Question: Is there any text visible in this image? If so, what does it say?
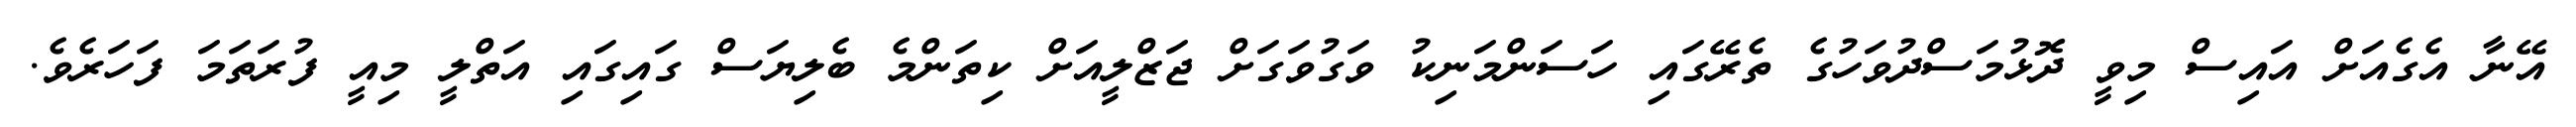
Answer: އޭނާ އެގެއަށް އައިސް މިވީ ދޮޅުމަސްދުވަހުގެ ތެރޭގައި ހަސަންމަނިކު ވަގުވަގަށް ޖަޒްލީއަށް ކިތަންމެ ބެލިޔަސް ގައިގައި އަތްލީ މިއީ ފުރަތަމަ ފަހަރެވެ.